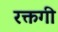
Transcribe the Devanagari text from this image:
रक्तगी